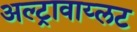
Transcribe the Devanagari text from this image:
अल्ट्रावाय्लट